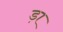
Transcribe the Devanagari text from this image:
ड़ा